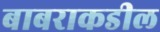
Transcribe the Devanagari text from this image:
बाबराकडील